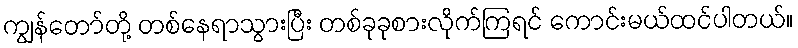
ကျွန်တော်တို့ တစ်နေရာသွားပြီး တစ်ခုခုစားလိုက်ကြရင် ကောင်းမယ်ထင်ပါတယ်။